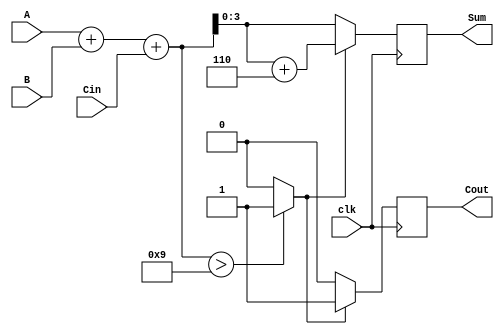
module BCD_Synchronous_Adder (
    input [3:0] A,          // 4-bit BCD input A
    input [3:0] B,          // 4-bit BCD input B
    input Cin,              // Carry input
    input clk,              // Clock input
    output reg [3:0] Sum,   // 4-bit BCD sum output
    output reg Cout         // Carry output
);

    // Internal signals
    wire [4:0] RawSum;      // 5-bit raw sum
    wire Adjust;            // Adjustment flag

    // Compute the raw sum
    assign RawSum = A + B + Cin;

    // Determine if adjustment is needed
    assign Adjust = (RawSum > 9) ? 1'b1 : 1'b0;

    // Synchronous process to update outputs on clock edge
    always @(posedge clk) begin
        if (Adjust) begin
            Sum <= RawSum + 5'b00110;  // Add 6 if adjustment is needed
            Cout <= 1'b1;               // Set carry out
        end else begin
            Sum <= RawSum[3:0];         // Keep lower 4 bits as sum
            Cout <= 1'b0;               // No carry out
        end
    end

endmodule